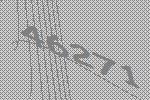
46271